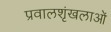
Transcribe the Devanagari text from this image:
प्रवालशृंखलाओं